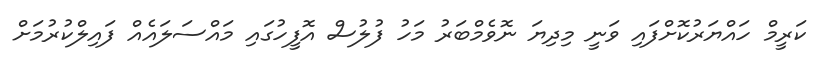
ކަރީމް ހައްޔަރުކޮށްފައި ވަނީ މިދިޔަ ނޮވެމްބަރު މަހު ފުލުސް އޮފީހުގައި މައްސަލައެއް ފައިލްކުރުމަށް